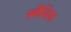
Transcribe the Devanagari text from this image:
स्मैशिज़